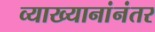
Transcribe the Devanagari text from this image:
व्याख्यानांनंतर